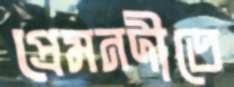
প্রেমনদীতে